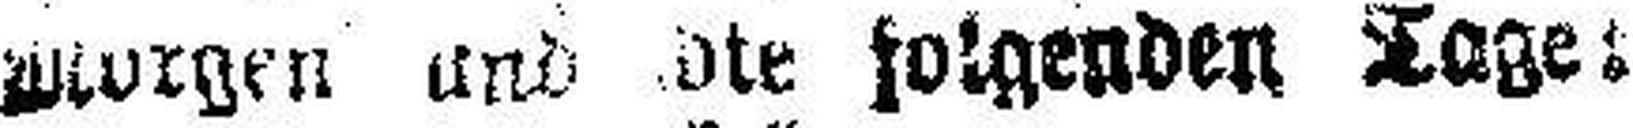
Morgen und die folgenden Tage: